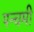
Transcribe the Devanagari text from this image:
पन्चमी